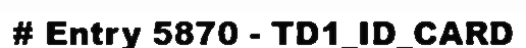
# Entry 5870 - TD1_ID_CARD